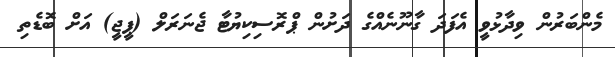
މެންބަރުން ވިދާޅުވީ އެފަދަ ގާނޫނެއްގެ ދަށުން ޕްރޮސިކިޔުޓާ ޖެނަރަލް (ޕީޖީ) އަށް ބޮޑެތި